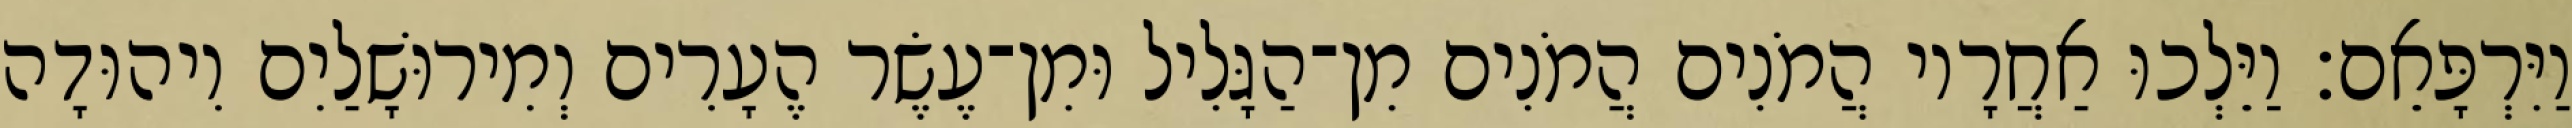
וַיִּרְפָּאֵם׃ וַיֵּלְכוּ אַחֲרָיו הֲמֹנִים הֲמֹנִים מִן־הַגָּלִיל וּמִן־עֶשֶׂר הֶעָרִים וְמִירוּשָׁלַיִם וִיהוּדָה